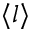
\langle l \rangle